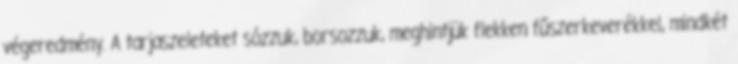
végeredmény. A tarjaszeleteket sózzuk, borsozzuk, meghintjük flekken fűszerkeverékkel, mindkét